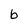
Character: b